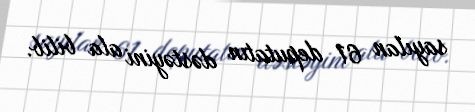
sayılan 61 deputatın dəstəyini ala bilib.